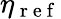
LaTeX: \eta_{\mathrm{~r~e~f~}}